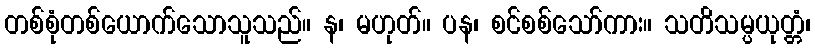
တစ်စုံတစ်ယောက်သောသူသည်။ န၊ မဟုတ်။ ပန၊ စင်စစ်သော်ကား။ သတိသမ္ပယုတ္တံ၊